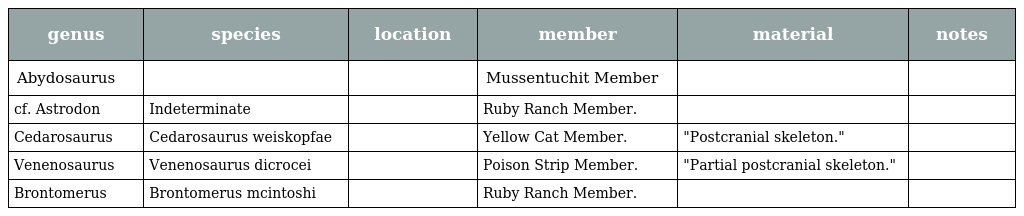
| genus | species | location | member | material | notes |
 | --- | --- | --- | --- | --- | --- |
 | Abydosaurus |  |  | Mussentuchit Member |  |  |
 | cf. Astrodon | Indeterminate |  | Ruby Ranch Member. |  |  |
 | Cedarosaurus | Cedarosaurus weiskopfae |  | Yellow Cat Member. | "Postcranial skeleton." |  |
 | Venenosaurus | Venenosaurus dicrocei |  | Poison Strip Member. | "Partial postcranial skeleton." |  |
 | Brontomerus | Brontomerus mcintoshi |  | Ruby Ranch Member. |  |  |